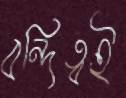
বন্দিত্বই